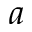
a